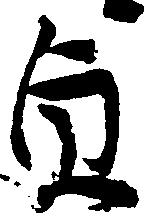
貞